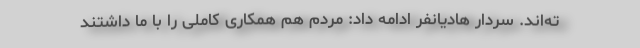
ته‌اند. سردار هادیانفر ادامه داد: مردم هم همکاری کاملی را با ما داشتند